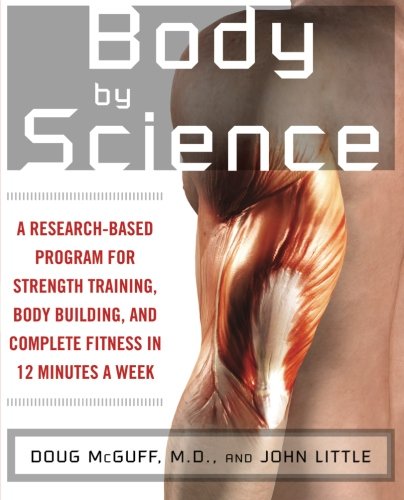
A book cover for Body by Science: A Research Based Program for Strength Training, Body building, and Complete Fitness in 12 Minutes a Week; John Little; Medical Books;